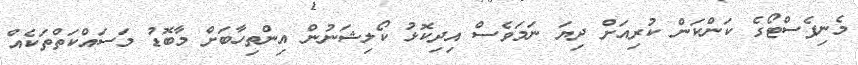
މެނިފެސްޓޯގެ ކަންކަން ކުރިއަށް ދިޔަ ނަމަވެސް އިދިކޮޅު ކޯލިޝަނުން އިންތިހާބަށް މާބޮޑު މަސައްކަތްތަކެއް